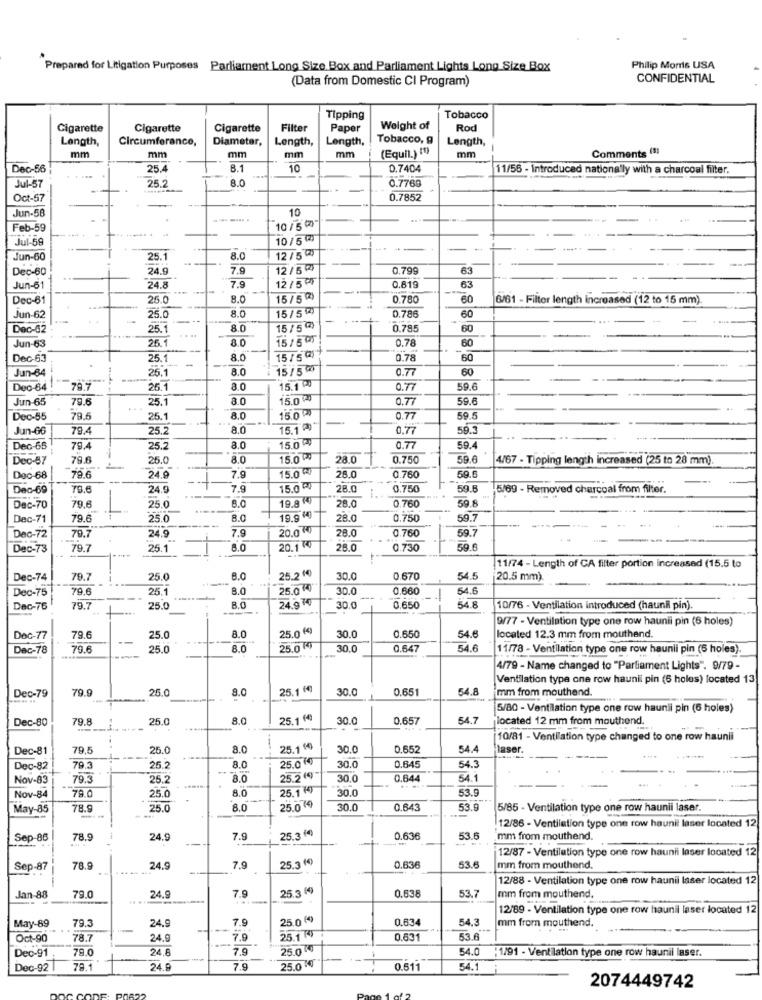
Prepared for Litigation Purposes Parliament Long Size Box and Parliament Lights Long Size Box
Philip Morris USA
(Data from Domestic CI Program)
CONFIDENTIAL
Tipping
Tobacco
Cigarette
Cigarette
Cigarette
Filter
Paper
Weight of
Rod
Length,
Circumference,
Diameter,
Length,
Length,
Tobacco, g
Length,
mm
mm
mm
(Equil.) (1)
mm
Comments (1
mm
mm
Dec-56
25.4
8.1
10
0.7404
11/56 - introduced nationally with a charcoal filter.
25.2
8.0
Jul-57
0.7769
Oct-57
0.7852
Jun-58
10
Feb-59
10 / 5℃
Jul-59
10/512
12 / 52)
Jun-60
25.1
8.0
Dec-60
24.9
7.9
12 / 5 2)
0.799
63
12/54
Jun-6
24.8
7.9
0.819
63
Dec-61
26.
8.0
15/5(2)
0.780
60
6/61 - Filter length increased (12 to 15 mm).
15/ 52)
60
Jun-62
25.0
8.0
0.786
Dec-62
25.1
8.0
15 / 5(2)
0.785
60
26.1
8.0
15/50
0.78
60
Jun-63
Dec-63
25.
8.0
15/ 5 ()
0.78
60
Jun-64
25.1
8.0
15/5
0.77
60
Deo-64
79.7
25.1
3.0
15.1 º0
0.77
59.6
Jun-65
79.6
25.1
8.0
15.0 "
0.77
59.6
15.0"
Dec-55
79.5
25.1
8.0
0.77
59.5
Jun-66
79.4
25.2
8.0
15.1 )
0.77
15.0 ℃
Dec-65
79.4
25.2
8.0
0.77
59.4
Dec-57
79.6
25.0
8.0
15.0℃
28.0
0.750
59.6
4/67 - Tipping length increased (25 to 28 mm).
15.0 ℃!
Dec-68
79.6
24.9
7.9
28.0
0 760
59.5
Dec-69
79.6
24.9
7.9
15.0 ₽
28.0
0.750
59.8
15/69 - Removed charcoal from filter.
19.8
Dec-70
79.6
25.0
8.0
28.0
0.760
59.8
Dec-71
79.6
25.0
B.0
19.9 (4)
28.0
0.750
59.7
7.9
20.0 0
0.760
59.7
Dec-72
79.7
24.9
28.0
Dec-73
79.7
25.1
8.0
20.1 40
28.0
0.730
59.6
11/74 - Length of CA filter portion increased (15.5 to
Dec-74
79.7
25.0
B.0
25.2 0
30.0
0.670
54.5
20.5 mm).
Dec-75
79.6
25.1
8.0
25.0
30.0
0,660
54.6
24.9 70
Dec-76
79.7
25.0
----
8.0
30.0
0.650
54.8
10/76 - Ventilation introduced (haunil pin).
9/77 - Ventilation type one row haunii pin (6 holes)
25.0 €¢
Doc-77
79.6
25.0
8.0
30.0
0.650
54.6
located 12.3 mm from mouthand.
Dec-78
79.6
25.0
8.0
25.04
30.0
0.647
54.6
11/78 - Ventilation type one row haunli pin (5 holes).
4/79 - Name changed to "Parliament Lights". 9/79 -
Ventilation type one row haunii pin (6 holes) located 13
Dec-79
79.9
25.0
8.0
25.1 (4)
30.0
0.651
54.8
mm from mouthend.
5/80 - Ventilation type one row haunii pin (6 holes)
Dec-80
79.8
25.0
8.0
25.1 14
30.0
0.657
54.7
located 12 mm from mouthend.
.+4
--
10/81 - Ventilation type changed to one row haunli
Dec-81
79.5
25.0
8.0
25.1 "
30.0
0.652
54.4
laser.
25.0€4
Dec-82
79.3
25.2
8.0
30.0
0.645
54.3
Nov-83
79.3
25.2
8.0
25.2(4)
30.0
0.644
54.1
78.0
25.1 ()
30.0
53.9
Nov-84
25.0
8.0
May-85
78.9
25.0
8.0
25.04
30.0
0.643
53.9
5/85 - Ventilation type one row haunii laser.
--
12/86 - Ventilation type one row haunil laser located 12
Sep-86
78.9
24.
7.9
25.3 60
0.636
53.6
mm from mouthend.
12/87 - Ventilation type one row haunii laser located 12
25.3(0)
53.6
Sep-87
78.9
24.9
7.9
0.636
mm from mouthend,
12/88 - Ventilation type one row haunii laser located 12
25.3 ()
Jan-88
79.0
24.9
7.9
0.63
53.7
mm from mouthend.
12/89 - Ventilation type one row haunil laser located 12
25.04)
0.63
54.3
May-89
79.3
24.9
7.9
mm from mouthend.
Oct-90
78.7
24.0
7.9
25.1
0.631
53.6
Dec-91
78.0
24.6
7.9
25.0)
54.0
:1191 - Ventilation type one row haunil laser.
Dec-92
78.1
24.9
7.9
25.000
0.511
54.1 i
2074449742